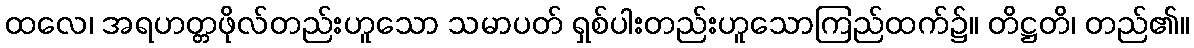
ထလေ၊ အရဟတ္တဖိုလ်တည်းဟူသော သမာပတ် ရှစ်ပါးတည်းဟူသောကြည်ထက်၌။ တိဋ္ဌတိ၊ တည်၏။